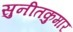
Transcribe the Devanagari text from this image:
सुनीतकुमार